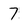
Character: 7